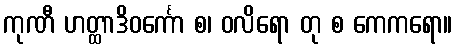
ကုဏီ ဟတ္ထာဒိဝင်္ကော စ၊ ဝလိရော တု စ ကေကရော။